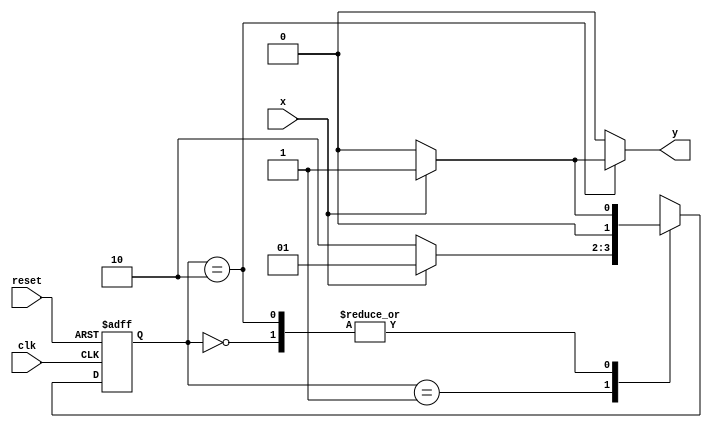
// ---------------------
// Mealy - FSM capaz de reconhecer uma sequncia (010).
// Nome: Bruno Rafael Nicolletti 
// ---------------------

//Implementar uma mquina de estados finitos (Mealy - FSM)capaz de reconhecer uma sequncia (010) com interseo (01010 ser considerada).
 



// --- Mealy FSM
// --- seq: 010

// constant definitions
`define found    1
`define notfound 0

// FSM by Mealy
module exercicio1_seq010_mealy ( y, x, clk, reset );

	output y;
	input  x;
	input  clk;
	input  reset;

	reg    y;

	parameter         // state identifiers 
		start  = 2'b00,
		id0    = 2'b01,
		id01   = 2'b10;

	reg [1:0] E1;	// current state variables
	reg [1:0] E2;	// next state logic output

	// next state logic
   always @( x or E1 )
		begin
		y = `notfound;
		
		case ( E1 )
			start:
				if ( x )
					E2 = id0;
				else
					E2 = start;
				
			id0:
				if ( x )
					E2 = id0;
				else
					E2 = id01;

			id01:
				if ( x )
				begin
					E2 =  id0;
					y  = `found;
				end
				else
				begin
					E2 =  start;
					y  = `notfound;
				end
	 
			default:   // undefined state
				E2 =  2'bxx;
		endcase
	  
		end // always at signal or state changing
		

	// state variables
		always @( posedge clk or negedge reset )
		begin
			if ( reset )
				E1 = E2;    // updates current state
			else
				E1 = 0;     // reset
		end // always at signal changing

endmodule // exercicio1_seq010_mealy


module Exercicio1;
	
	reg   clk, reset, x;
	wire  m1;

	exercicio1_seq010_mealy M1( m1, x, clk, reset );

	initial
	begin
		$display("Guia 10 - Bruno Rafael Nicolletti");
		$display("\nTime\tX   Seq 010" );

	// initial values
       clk   = 1;
       reset = 0;
       x     = 0;

	// input signal changing
		#10   reset = 1;
		#10  x = 1;
		#10  x = 0;
		#10  x = 0;
		#10  x = 1;
		#10  x = 0;
		#10  x = 1;
		#10  x = 1;
		#10  x = 1;
		#10  x = 1;
		#10  x = 0;
		#10  x = 1;
		#10  x = 1;
		#10  x = 1;
		#10  x = 0;
		#10  x = 1;
		#10  x = 0;
		#10  x = 0;
		#10  x = 0;
		
		#5 $finish;
	
	end // initial

	always
		#5 clk = ~clk;

	always @( posedge clk )
	begin
		$display ( "%4d \t%b\t%b", $time, x, m1);
	end // always at positive edge clocking changing

endmodule //